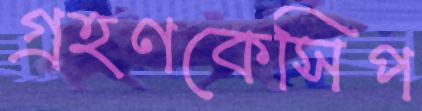
গ্রহণকেসিপ